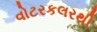
વોટરકલરથી